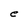
Character: e